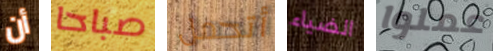
أن صباحا أتحمل الضياء عملوا